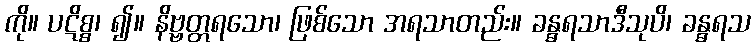
ကို။ ပဋိစ္စ၊ ၍။ နိဗ္ဗတ္တရသော၊ ဖြစ်သော အရသာတည်း။ ခန္ဓရသာဒီသုပိ၊ ခန္ဓရသ